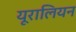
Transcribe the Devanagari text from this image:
यूरालियन